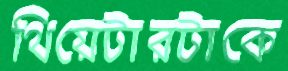
থিয়েটারটাকে